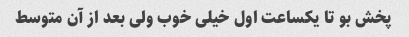
پخش بو تا یکساعت اول خیلی خوب ولی بعد از آن متوسط